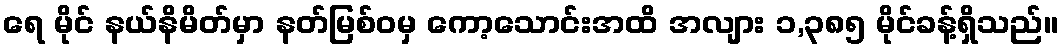
ရေ မိုင် နယ်နိမိတ်မှာ နတ်မြစ်ဝမှ ကော့သောင်းအထိ အလျား ၁,၃၈၅ မိုင်ခန့်ရှိသည်။